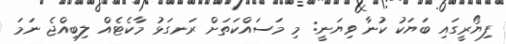
ފިޔޯރީގައި ބަޔަކު ކުނާ ވިޔަނީ: މި މަސައްކަތަށް ރަނގަޅު މާކެޓެއް ލިބިއްޖެ ނަމަ